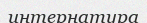
интернатура